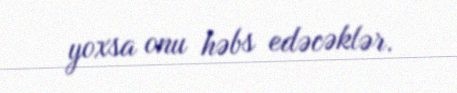
yoxsa onu həbs edəcəklər.